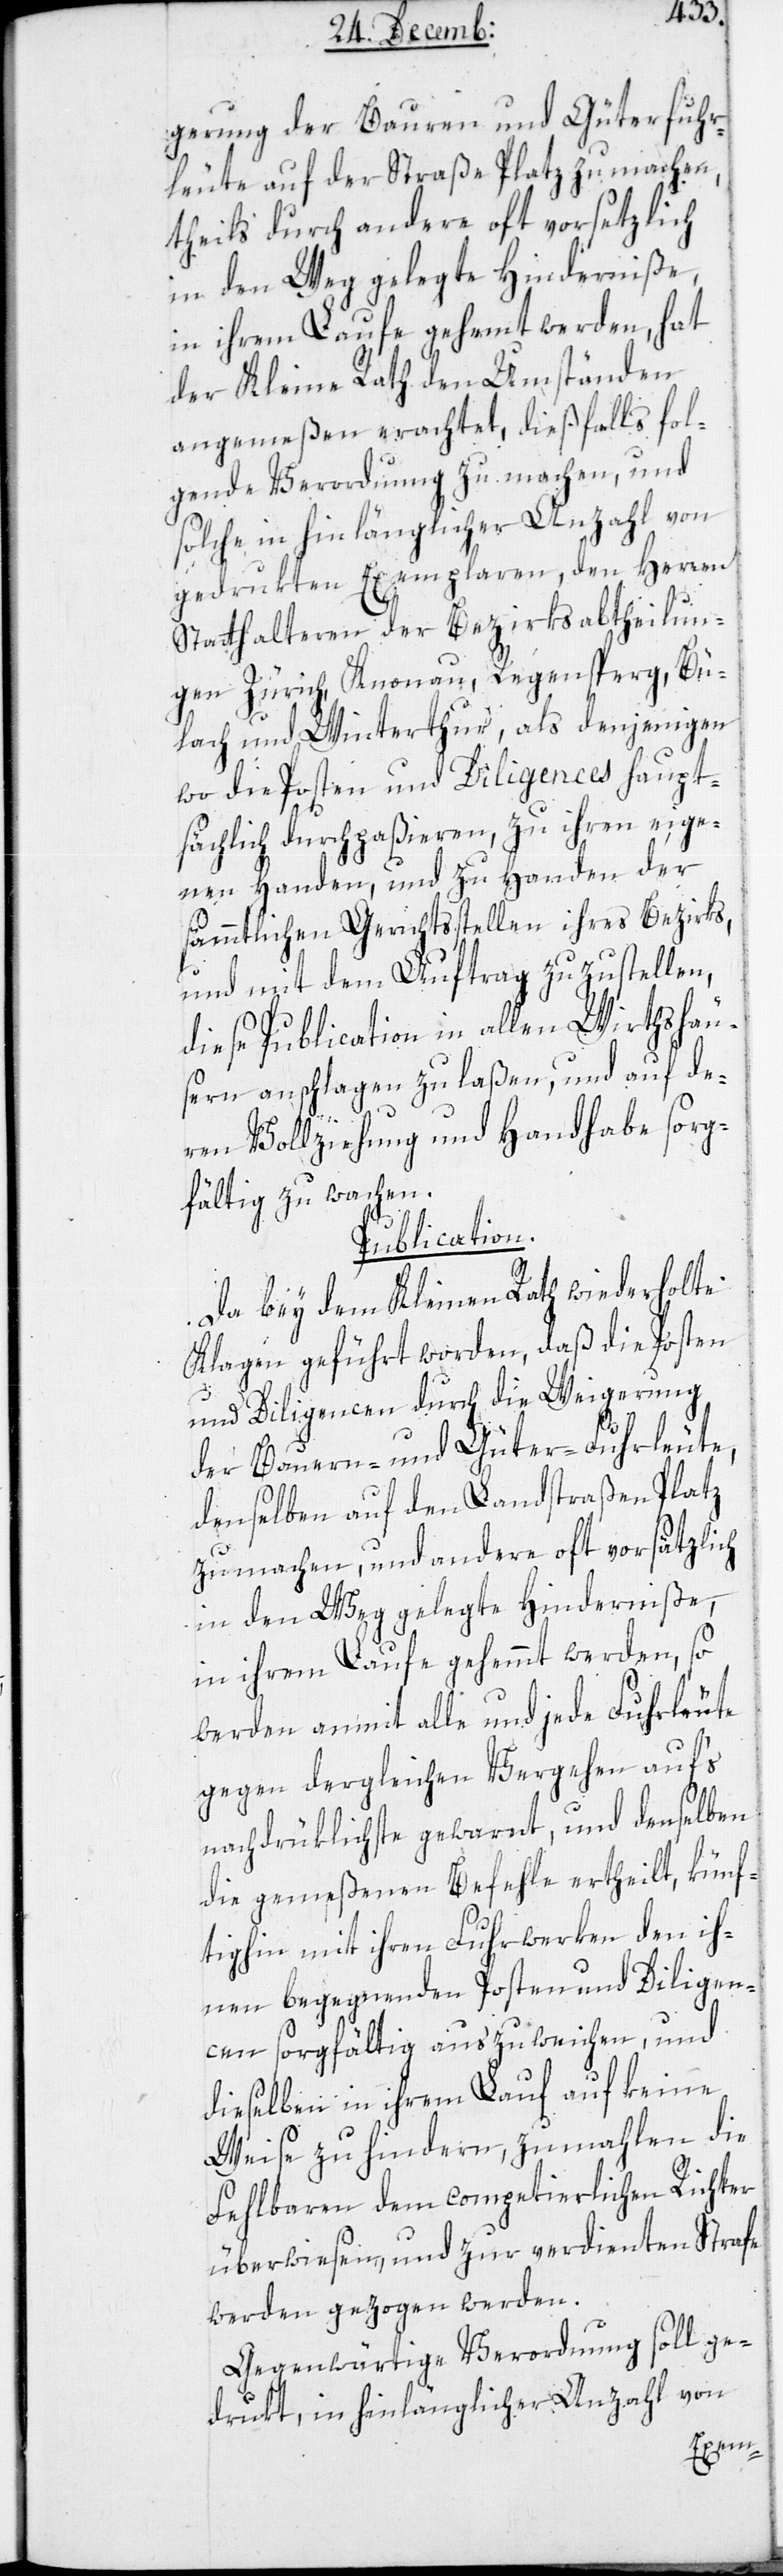
gerung der Bauren und Güterfuhr¬
leute auf der Straße Platz zu machen,
theils durch andere oft vorsätzlich
in den Weg gelegte Hinderniße,
in ihrem Laufe gehemmt werden, hat
der Kleine Rath den Umständen
angemeßen erachtet, dießfalls fol¬
gende Verordnung zu machen, und
solche in hinlänglicher Anzahl von
gedruckten Exemplaren, den Herren
Statthalteren der Bezirksabtheilun¬
gen Zürich, Knonau, Regensperg, Bü¬
lach und Winterthur, als denjenigen,
wo die Posten und Diligences haupt¬
sächlich durchpaßieren, zu ihren eige¬
nen Handen, und zu Handen der
sämmtlichen Gerichtsstellen ihres Bezirks,
und mit dem Auftrag zuzustellen,
diese Publication in allen Wirtshäu¬
sern anschlagen zu laßen, und auf de¬
ren Vollziehung und Handhabe sorg¬
fältig zu wachen.
Publication.
Da bey dem Kleinen Rath wiederholte
Klagen geführt worden, daß die Posten
und Diligencen durch die Weigerung
der Bauern- und Güter-Fuhrleute,
denselben auf den Landstraßen Platz
zu machen, und andere oft vorsätzlich
in den Weg gelegte Hinderniße,
in ihrem Laufe gehemmt werden, so
werden anmit alle und jede Fuhrleute
gegen dergleichen Vergehen auf’s
nachdrüklichste gewarnt, und denselben
die gemeßenen Befehle ertheilt, künf¬
tighin mit ihren Fuhrwerken den ih¬
nen begegnenden Posten und Diligen¬
cen sorgfältig auszuweichen, und
dieselben in ihrem Lauf auf keine
Weise zu hindern, zumahlen die
Fehlbaren dem competierlichen Richter
überwiesen, und zur verdienten Strafe
werden gezogen werden.
Gegenwärtige Verordnung soll ge¬
drukt, in hinlänglicher Anzahl von